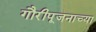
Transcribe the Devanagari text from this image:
गौरीपूजनाच्या